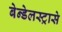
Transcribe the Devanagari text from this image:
बेन्डेलस्ट्रासे